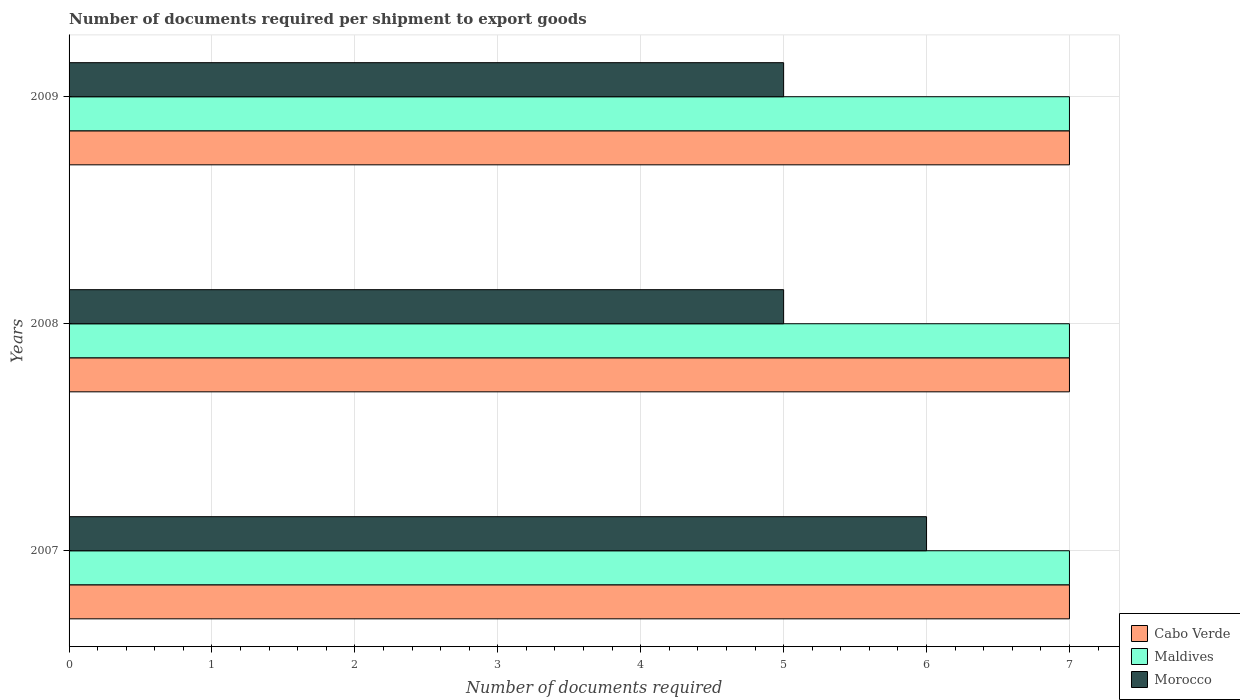
| Years | Cabo Verde | Maldives | Morocco |
 | --- | --- | --- | --- |
 | 2007 | 7 | 7 | 6 |
 | 2008 | 7 | 7 | 5 |
 | 2009 | 7 | 7 | 5 |